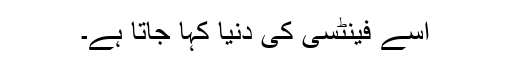
اسے فینٹسی کی دنیا کہا جاتا ہے۔